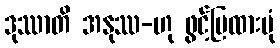
ဒုဿာတိ အနုဿ-ဟု ဖွင့်ပြထားပုံ